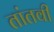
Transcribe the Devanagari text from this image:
तांतवी